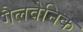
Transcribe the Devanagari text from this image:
गैलवेनिक